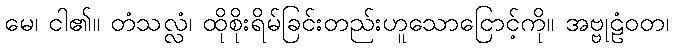
မေ၊ ငါ၏။ တံသလ္လံ၊ ထိုစိုးရိမ်ခြင်းတည်းဟူသောငြောင့်ကို။ အဗ္ဗုဠံဝတ၊